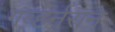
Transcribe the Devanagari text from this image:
गव्हर्नराने